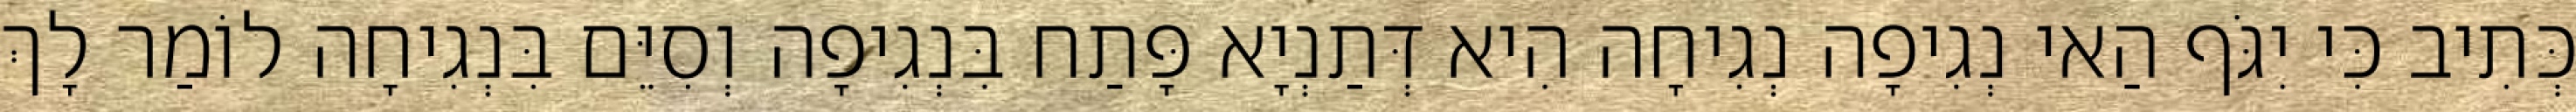
כְּתִיב כִּי יִגֹּף הַאי נְגִיפָה נְגִיחָה הִיא דְּתַנְיָא פָּתַח בִּנְגִיפָה וְסִיֵּם בִּנְגִיחָה לוֹמַר לָךְ